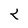
Character: K